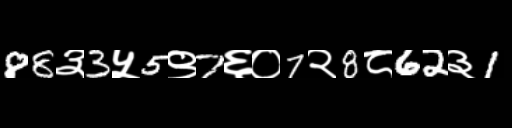
Text: 88३3५5९7६०7२8८62३1